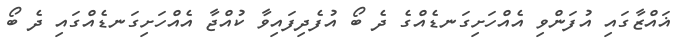
ޣައްޒާގައި އުފަންވި އެއްހަށިގަނޑެއްގެ ދެ ބޯ އުފެދިފައިވާ ކުއްޖާ އެއްހަށިގަނޑެއްގައި ދެ ބޯ